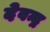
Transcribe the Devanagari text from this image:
देवन्द्र